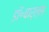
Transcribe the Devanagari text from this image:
डॉ॰चार्ल्स